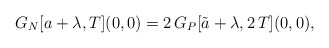
\begin{align*}G_N[a+\lambda,T](0,0)=2\, G_P[\tilde a+\lambda,2\,T](0,0),\end{align*}